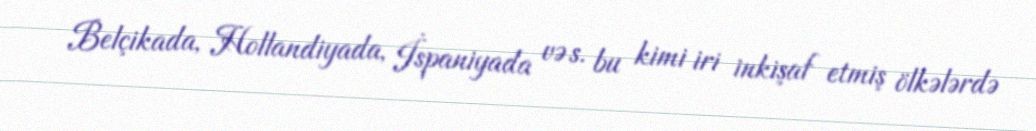
Belçikada, Hollandiyada, İspaniyada və s. bu kimi iri inkişaf etmiş ölkələrdə